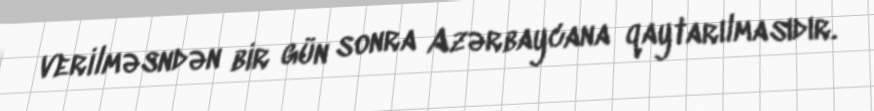
verilməsndən bir gün sonra Azərbaycana qaytarılmasıdır.